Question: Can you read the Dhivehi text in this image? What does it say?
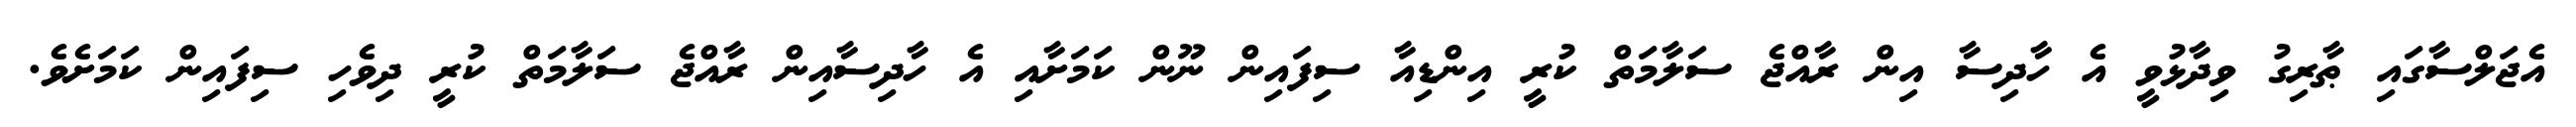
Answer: އެޖަލްސާގައި ޠާރިގު ވިދާޅުވީ އެ ހާދިސާ އިން ރާއްޖެ ސަލާމަތް ކުރީ އިންޑިއާ ސިފައިން ނޫން ކަމަށާއި އެ ހާދިސާއިން ރާއްޖެ ސަލާމަތް ކުރީ ދިވެހި ސިފައިން ކަމަށެވެ.